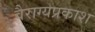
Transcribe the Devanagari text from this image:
वैराग्यप्रकाश